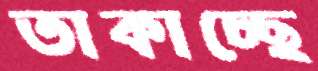
তাকাচ্ছে